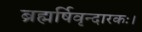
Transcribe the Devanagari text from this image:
ब्रह्मर्षिवृन्दारकः।